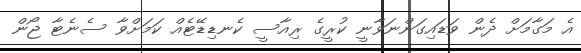
އެ މަގާމަށް ދެން ވަޑައިގަންނަވާނީ ކުރީގެ ރިއާސީ ކެނޑިޑޭޓެއް ކަމަށްވާ ސެނެޓާ ޖޯން